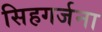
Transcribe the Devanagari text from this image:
सिहगर्जना